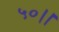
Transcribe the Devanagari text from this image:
५०।।